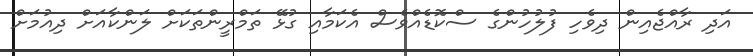
އަދި ރާއްޖެއިން ދިވެހި ފުލުހުންގެ ސްކޮޑެއްވެސް އެކަމާއި ގުޅޭ ތަމްރީންތަކަށް ލަންކާއަށް ދިއުމަށް